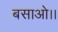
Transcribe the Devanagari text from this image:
बसाओ।।